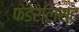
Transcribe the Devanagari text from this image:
फेडेरेलिस्ट